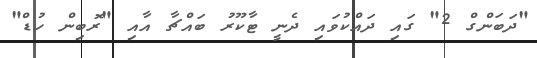
"ދަބަންގް 2" ގައި ދައްކުވައި ދެނީ ޓާކޫރު ބައްޗާ އާއި "ރޮބިން ހުޑް"